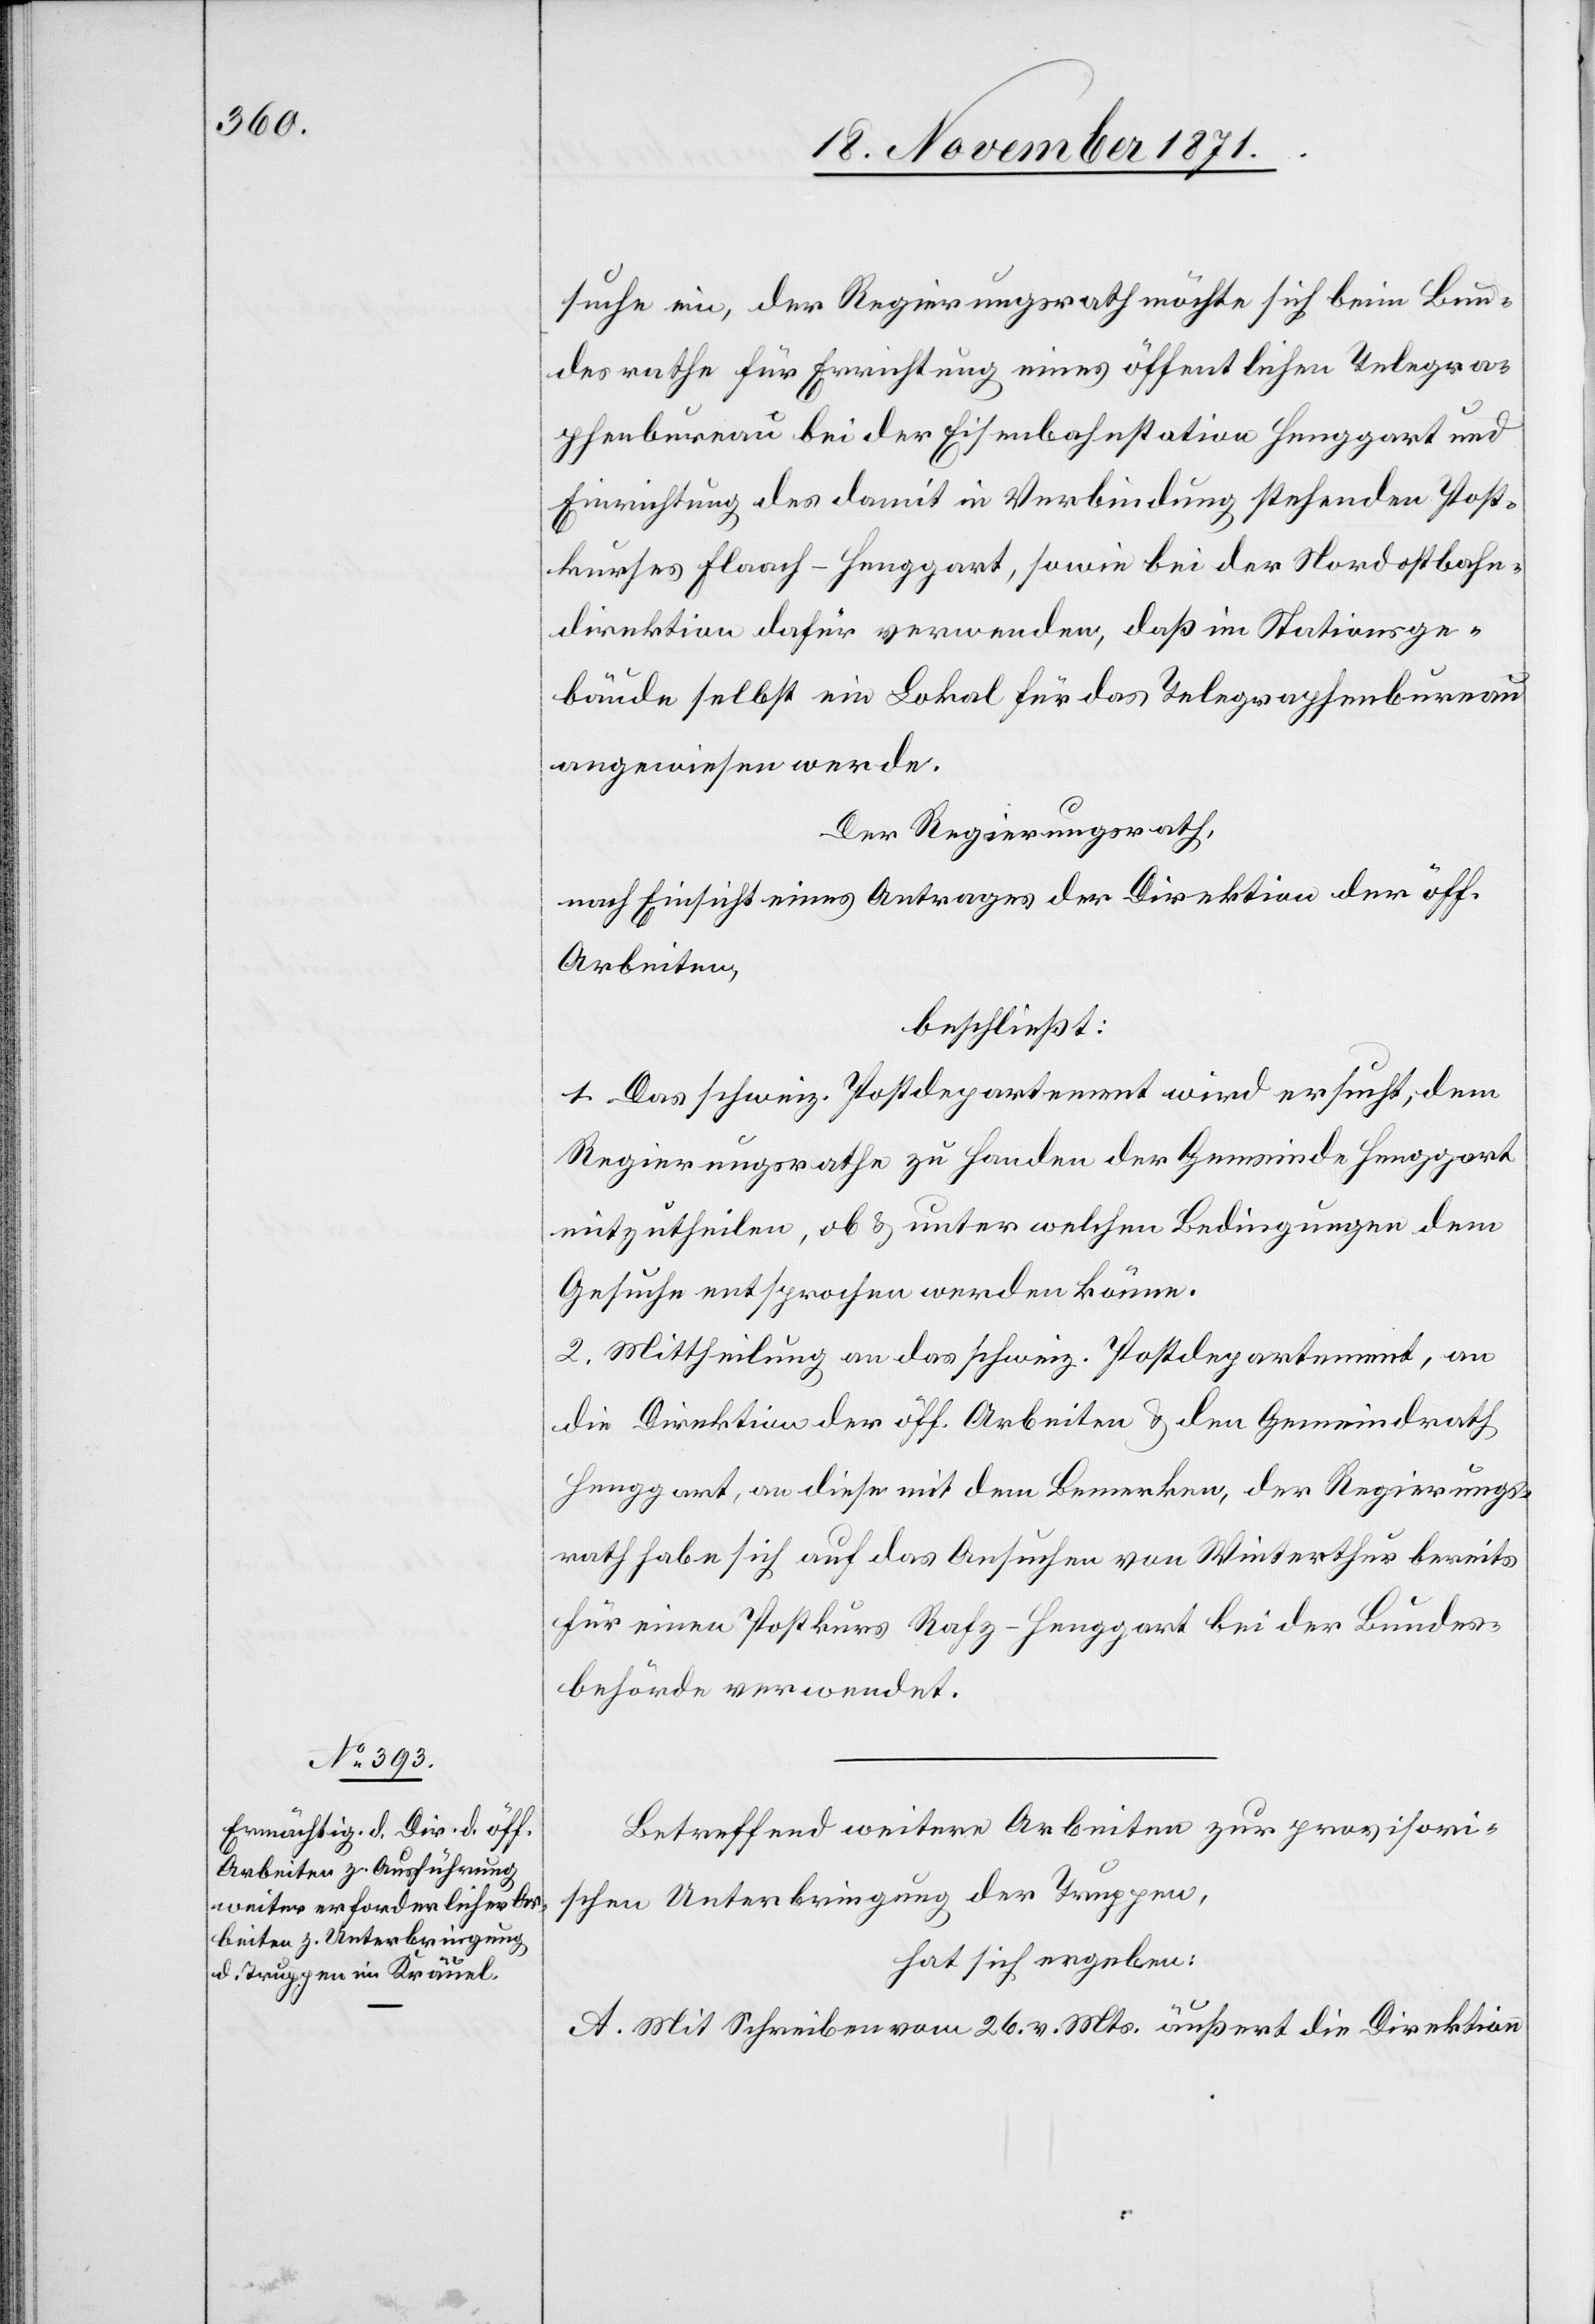
suche ein, der Regierungsrath möchte sich beim Bun¬
desrathe für Errichtung eines öffentlichen Telegra¬
phenbureau bei der Eisenbahnstation Henggart und
Einrichtung der damit in Verbindung stehenden Post¬
kurses Flaach–Henggart, sowie bei der Nordostbahn¬
direktion dafür verwenden, daß im Stationsge¬
bäude selbst ein Lokal für das Telegraphenbureau
angewiesen werde.
Der Regierungsrath,
nach Einsicht eines Antrages der Direktion der öff.
Arbeiten,
beschließt:
1. Das schweiz. Postdepartement wird ersucht, dem
Regierungsrathe zu Handen der Gemeinde Henggart
mitzutheilen, ob & unter welchen Bedingungen dem
Gesuche entsprochen werden könne.
2. Mittheilung an das schweiz. Postdepartement, an
die Direktion der öff. Arbeiten & den Gemeindrath
Henggart, an diese mit dem Bemerken, der Regierungs¬
rath habe sich auf das Ansuchen von Winterthur bereits
für einen Postkurs Rafz–Henggart bei der Bundes¬
behörde verwendet.
Betreffend weitere Arbeiten zur provisori¬
schen Unterbringung der Truppen,
hat sich ergeben:
A. Mit Schreiben vom 26. v. Mts. äußert die Direktion